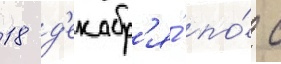
18 д'екабр'я́ по́ с